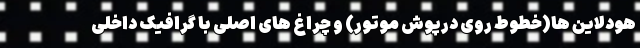
هودلاین ها(خطوط روی درپوش موتور) و چراغ های اصلی با گرافیک داخلی